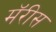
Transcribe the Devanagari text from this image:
मॅरीस